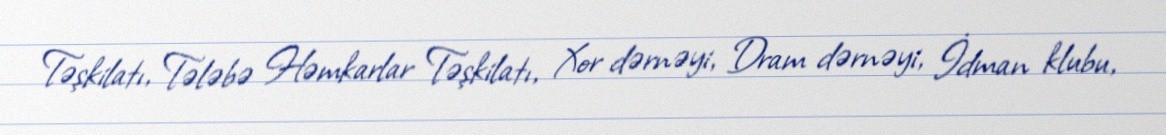
Təşkilatı, Tələbə Həmkarlar Təşkilatı, Xor dərnəyi, Dram dərnəyi, İdman klubu,